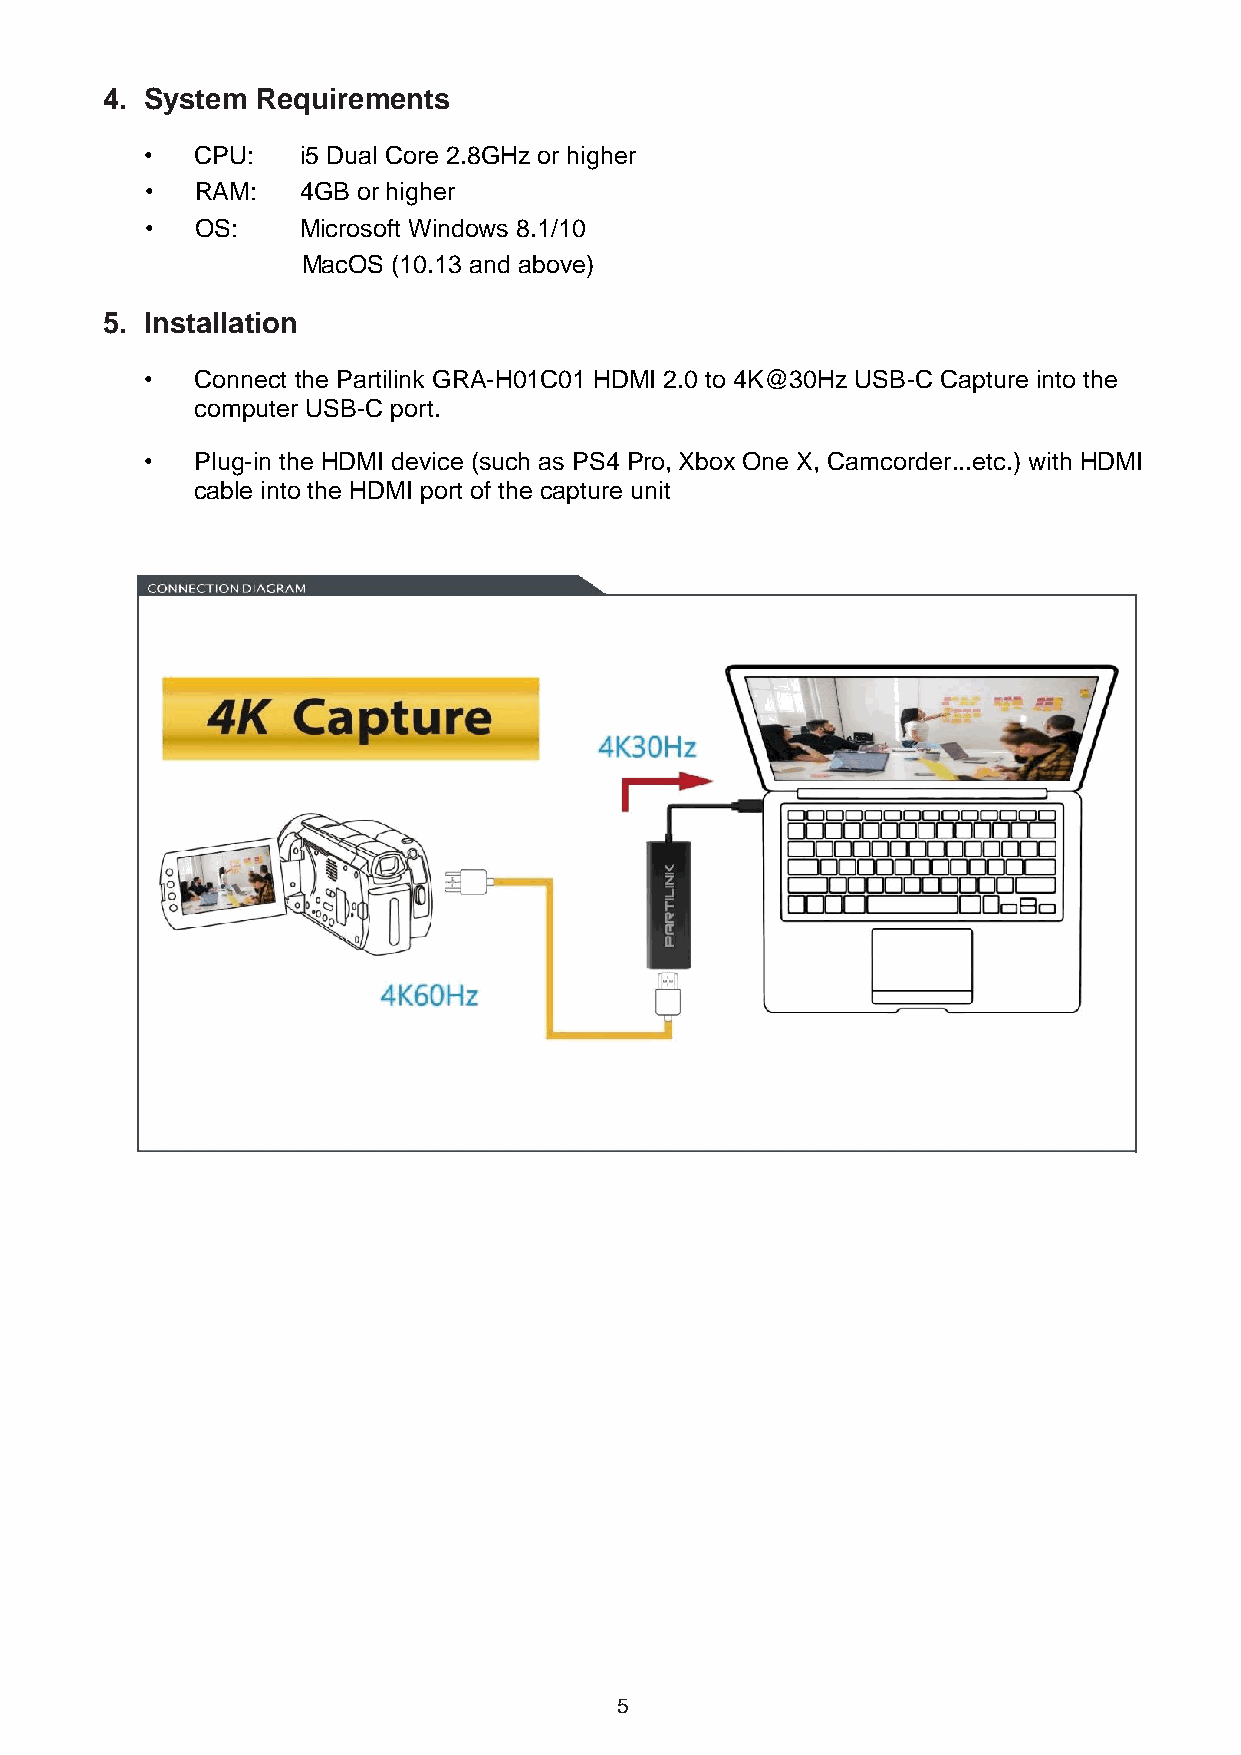
4. System Requirements
 •  CPU:   i5 Dual Core 2.8GHz or higher
 •  RAM:   4GB or higher
 •  OS:    Microsoft Windows 8.1/10
 MacOS (10.13 and above)
 5. Installation
 •  Connect the Partilink GRA-H01C01 HDMI 2.0 to 4K@30Hz USB-C Capture into the
 computer USB-C port.
 •  Plug-in the HDMI device (such as PS4 Pro, Xbox One X, Camcorder...etc.) with HDMI
 cable into the HDMI port of the capture unit
 5